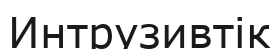
Интрузивтік